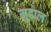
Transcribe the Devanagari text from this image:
मुढाल